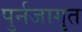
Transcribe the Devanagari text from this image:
पुर्नजागृत